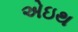
એઇથ